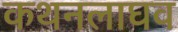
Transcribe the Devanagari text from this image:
कथनलाघव